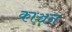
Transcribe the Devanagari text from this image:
काञ्चन